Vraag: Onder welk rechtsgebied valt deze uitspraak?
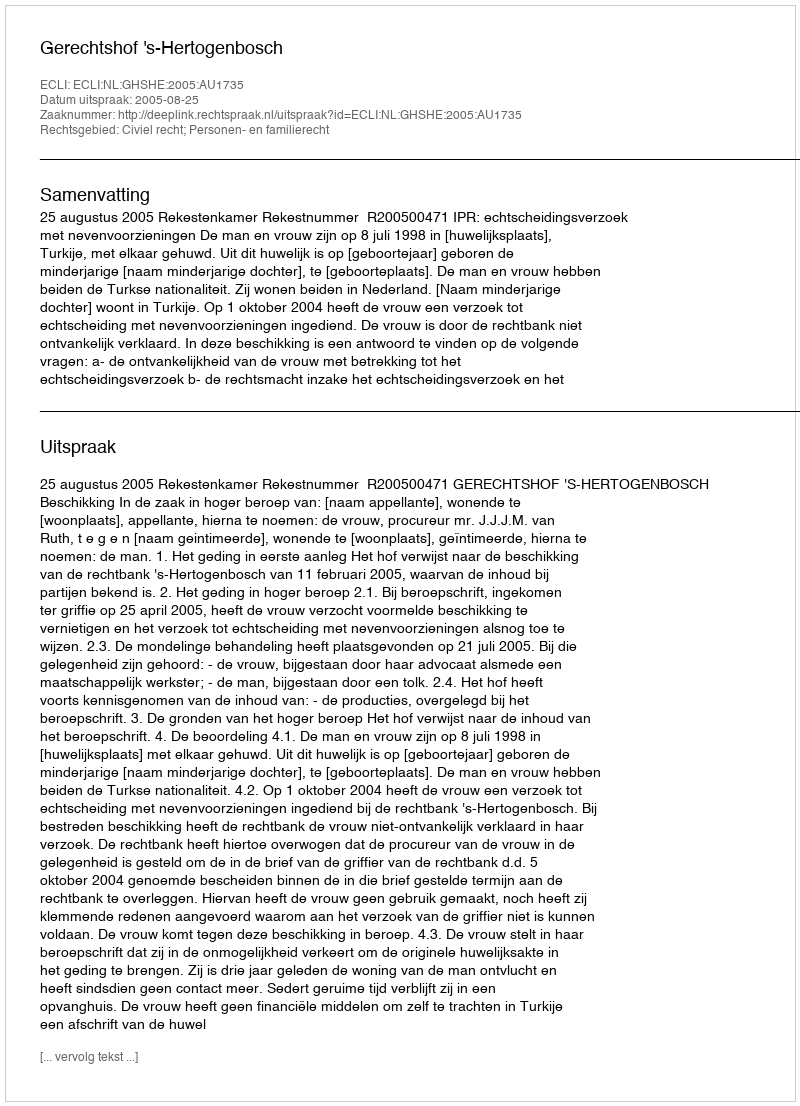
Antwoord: Civiel recht; Personen- en familierecht